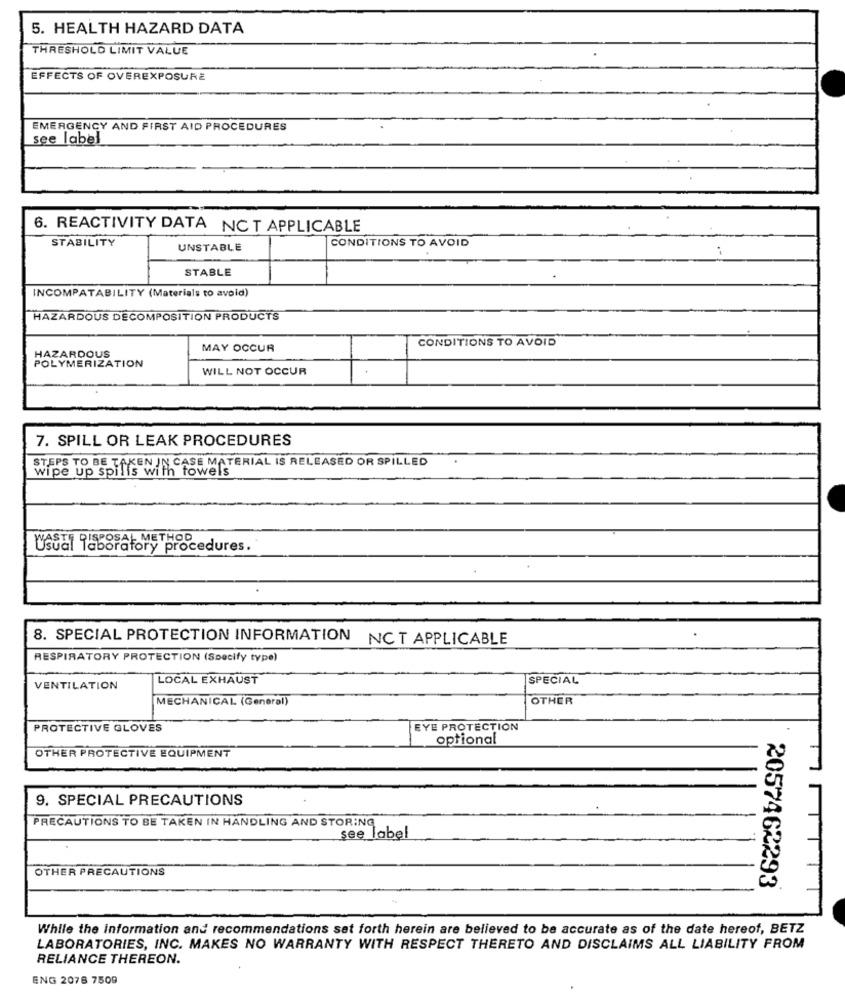
5. HEALTH HAZARD DATA
THRESHOLD LIMIT VALUE
EFFECTS OF OVEREXPOSURE
EMERGENCY AND FIRST AID PROCEDURES
see label
6. REACTIVITY DATA NC T APPLICABLE
STABILITY
CONDITIONS TO AVOID
UNSTABLE
STABLE
INCOMPATABILITY (Materials to avoid)
HAZARDOUS DECOMPOSITION PRODUCTS
CONDITIONS TO AVOID
MAY OCCUR
HAZARDOUS
POLYMERIZATION
WILL NOT OCCUR
7. SPILL OR LEAK PROCEDURES
STEPS TO BE TAKEN IN CASE MATERIAL IS RELEASED OR SPILLED
s with towels
y procedures.
8. SPECIAL PROTECTION INFORMATION NCT APPLICABLE
RESPIRATORY PROTECTION (Specify type)
LOCAL EXHAUST
SPECIAL
VENTILATION
MECHANICAL (General)
OTHER
PROTECTIVE GLOVES
EYE PROTECTION
optional
OTHER PROTECTIVE EQUIPMENT
9. SPECIAL PRECAUTIONS
PRECAUTIONS TO BE TAKEN IN HANDLING AND STORING
see_label
OTHER PRECAUTIONS
TT
2057462293
While the information and recommendations set forth herein are believed to be accurate as of the date hereof, BETZ
LABORATORIES, INC. MAKES NO WARRANTY WITH RESPECT THERETO AND DISCLAIMS ALL LIABILITY FROM
RELIANCE THEREON.
ENG 2078 7509